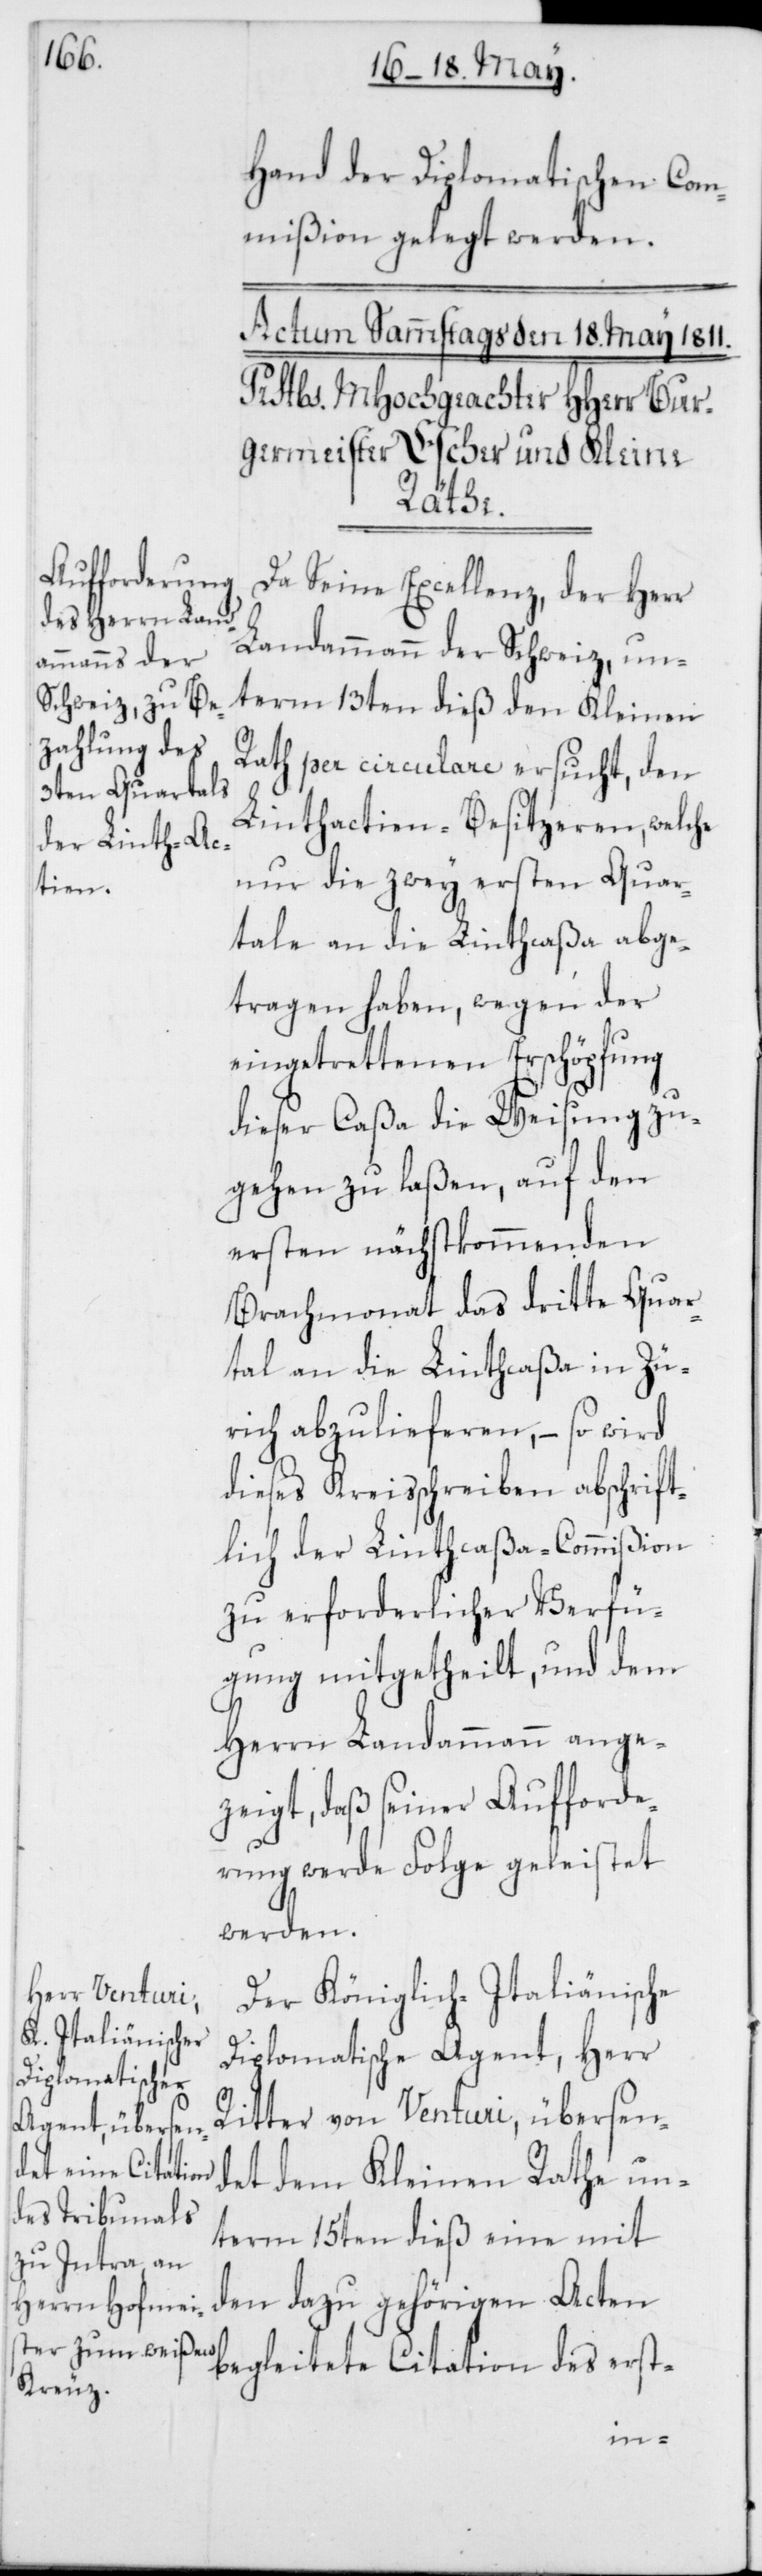
Hand der Diplomatischen Com¬
mißion gelegt werden.
Da Seine Excellenz, der Herr
Landammann der Schweiz, un¬
term 13ten dieß den Kleinen
Rath per circulare ersucht, den
Linthactien-Besitzeren, welche
nur die zwey ersten Quar¬
tale an die Linthcaßa abge¬
tragen haben, wegen der
eingetrettenen Erschöpfung
dieser Caßa die Weisung zu¬
gehen zu laßen, auf den
ersten nächstkommenden
Brachmonat das dritte Quar¬
tal an die Linthcaßa in Zü¬
rich abzulieferen, – so wird
dieses Kreisschreiben abschrift¬
lich der Linthcaßa-Commißion
zu erforderlicher Verfü¬
gung mitgetheilt, und dem
Herrn Landammann ange¬
zeigt, daß seiner Aufforde¬
rung werde Folge geleistet
werden.
Der Königlich-Italiänische
Diplomatische Agent, Herr
Ritter von Venturi, übersen¬
det dem Kleinen Rathe un¬
term 15ten dieß eine mit
den dazu gehörigen Acten
begleitete Citation des erst-